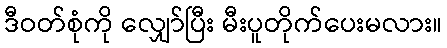
ဒီဝတ်စုံကို လျှော်ပြီး မီးပူတိုက်ပေးမလား။